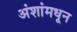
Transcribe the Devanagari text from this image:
अंशांमधून